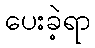
ပေးခဲ့ရာ